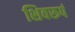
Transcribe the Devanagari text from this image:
शिवरूपं